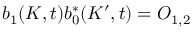
b _ { 1 } ( K , t ) b _ { 0 } ^ { \ast } ( K ^ { \prime } , t ) = O _ { 1 , 2 }